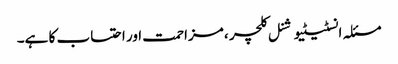
مسئلہ انسٹیٹیوشنل کلچر ، مزاحمت اور احتساب کا ہے۔